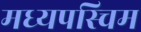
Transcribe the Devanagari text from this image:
मध्यपस्चिम